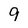
Character: 9